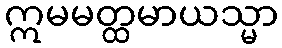
ဣမမတ္ထမာယသ္မာ